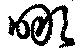
啖